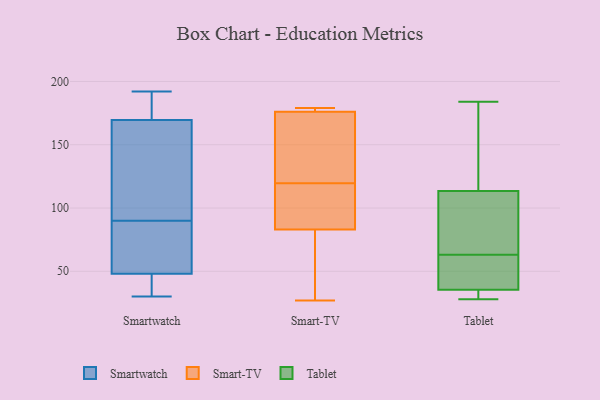
{"axis": {"x": "Budget (USD K)", "y": "Value"}, "legend": ["Smart-TV", "Smartwatch", "Tablet"], "data": [{"x": "", "y": 90, "type": "Smartwatch"}, {"x": "", "y": 176, "type": "Smartwatch"}, {"x": "", "y": 34, "type": "Smartwatch"}, {"x": "", "y": 171, "type": "Smartwatch"}, {"x": "", "y": 109, "type": "Smartwatch"}, {"x": "", "y": 36, "type": "Smartwatch"}, {"x": "", "y": 192, "type": "Smartwatch"}, {"x": "", "y": 87, "type": "Smartwatch"}, {"x": "", "y": 165, "type": "Smartwatch"}, {"x": "", "y": 84, "type": "Smartwatch"}, {"x": "", "y": 30, "type": "Smartwatch"}, {"x": "", "y": 27, "type": "Smart-TV"}, {"x": "", "y": 83, "type": "Smart-TV"}, {"x": "", "y": 84, "type": "Smart-TV"}, {"x": "", "y": 178, "type": "Smart-TV"}, {"x": "", "y": 53, "type": "Smart-TV"}, {"x": "", "y": 179, "type": "Smart-TV"}, {"x": "", "y": 139, "type": "Smart-TV"}, {"x": "", "y": 176, "type": "Smart-TV"}, {"x": "", "y": 103, "type": "Smart-TV"}, {"x": "", "y": 136, "type": "Smart-TV"}, {"x": "", "y": 35, "type": "Tablet"}, {"x": "", "y": 109, "type": "Tablet"}, {"x": "", "y": 63, "type": "Tablet"}, {"x": "", "y": 28, "type": "Tablet"}, {"x": "", "y": 106, "type": "Tablet"}, {"x": "", "y": 123, "type": "Tablet"}, {"x": "", "y": 184, "type": "Tablet"}, {"x": "", "y": 37, "type": "Tablet"}, {"x": "", "y": 115, "type": "Tablet"}, {"x": "", "y": 53, "type": "Tablet"}, {"x": "", "y": 29, "type": "Tablet"}]}